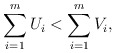
\begin{align*} \sum_{i=1}^mU_i < \sum_{i=1}^mV_i, \end{align*}